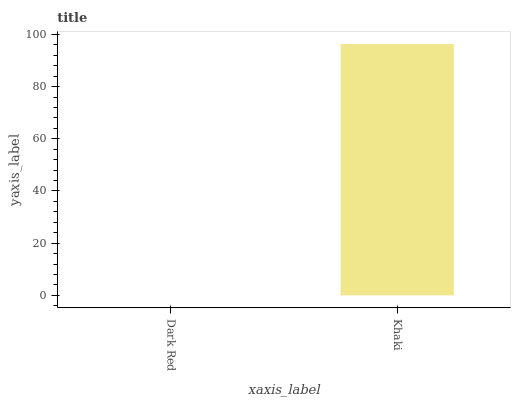
| xaxis_label | bars |
 | --- | --- |
 | Dark Red | 0 |
 | Khaki | 96.3 |